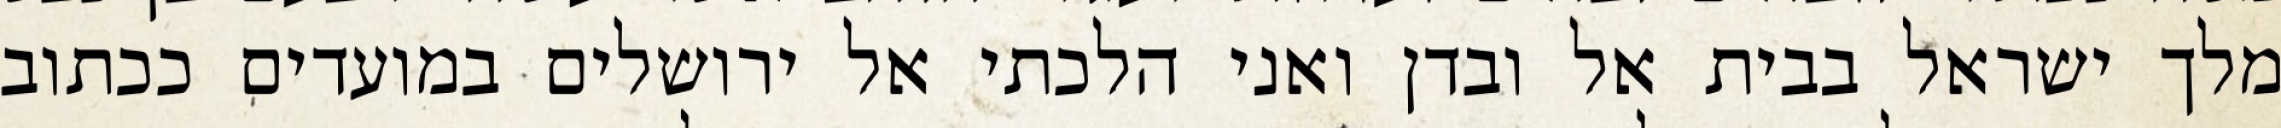
מלך ישראל בבית אל ובדן ואני הלכתי אל ירושלים במועדים ככתוב